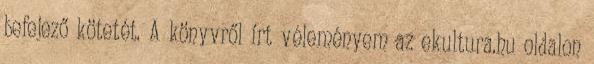
befejező kötetét. A könyvről írt véleményem az ekultura.hu oldalon